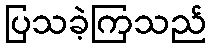
ပြသခဲ့ကြသည်